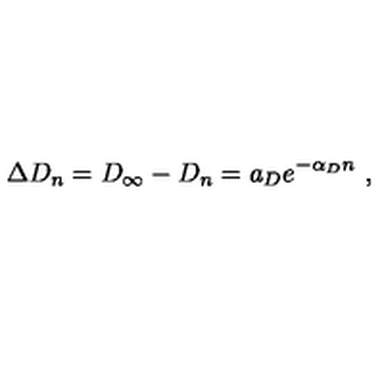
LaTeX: \Delta D _ { n } = D _ { \infty } - D _ { n } = a _ { D } e ^ { - \alpha _ { D } n } \ ,